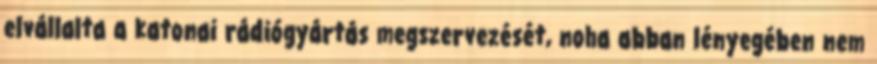
elvállalta a katonai rádiógyártás megszervezését, noha abban lényegében nem